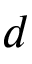
d